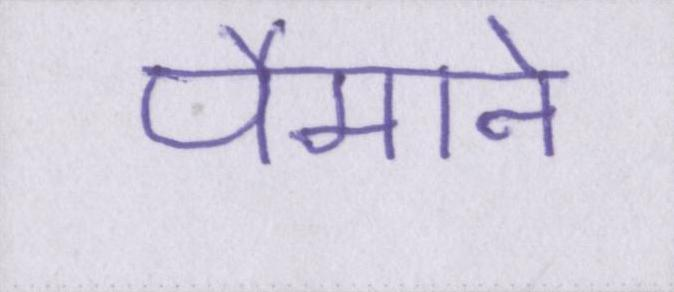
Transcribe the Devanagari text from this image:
पैमाने